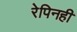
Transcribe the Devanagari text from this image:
रेपिनही